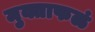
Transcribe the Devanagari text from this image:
मुक्ताफळं